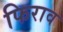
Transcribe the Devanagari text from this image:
फिराव